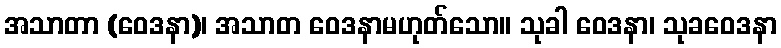
အသာတာ (ဝေဒနာ)၊ အသာတ ဝေဒနာမဟုတ်သော။ သုခါ ဝေဒနာ၊ သုခဝေဒနာ